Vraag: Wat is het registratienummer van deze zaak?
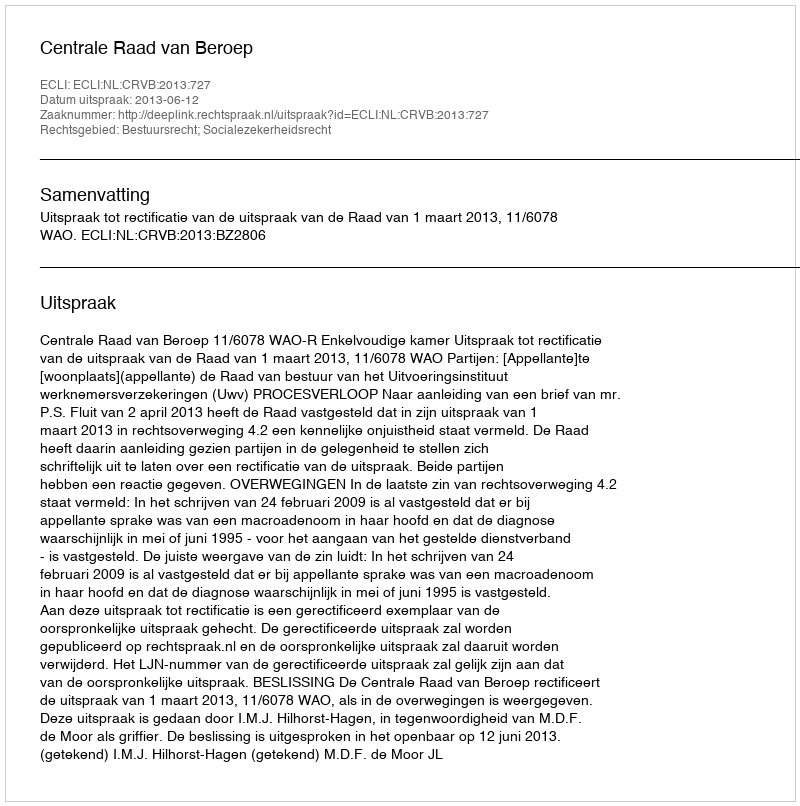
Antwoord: http://deeplink.rechtspraak.nl/uitspraak?id=ECLI:NL:CRVB:2013:727